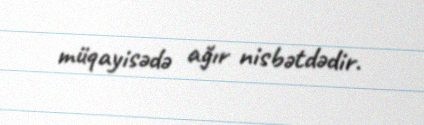
müqayisədə ağır nisbətdədir.